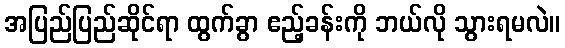
အပြည်ပြည်ဆိုင်ရာ ထွက်ခွာ ဧည့်ခန်းကို ဘယ်လို သွားရမလဲ။